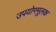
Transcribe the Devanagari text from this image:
उपयोगमूलक